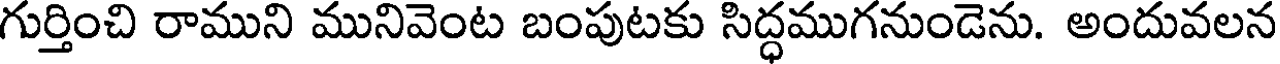
గుర్తించి రాముని మునివెంట బంపుటకు సిద్ధముగనుండెను. అందువలన